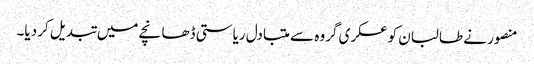
منصور نے طالبان کو عسکری گروہ سے متبادل ریاستی ڈھانچے میں تبدیل کر دیا۔